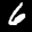
Label: 6